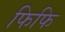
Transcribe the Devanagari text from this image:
फिफि